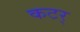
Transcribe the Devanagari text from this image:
कटर्‌